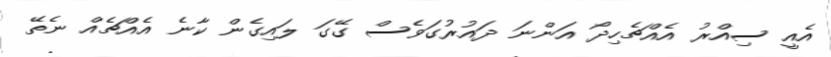
އެއީ ސިއްރު އެއްޗެހިދޯ އަންނަ ދައުރުގަވެސް ގޭގަ ލައިގެން ކާނެ އެއްޗެއް ނެތޭ